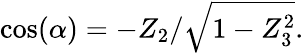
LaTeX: \cos(\alpha)=-Z_{2}/{\sqrt{1-Z_{3}^{2}}}.